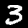
Label: 3